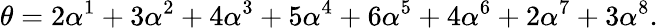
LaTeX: \theta=2\alpha^{1}+3\alpha^{2}+4\alpha^{3}+5\alpha^{4}+6\alpha^{5}+4\alpha^{6}+2\alpha^{7}+3\alpha^{8}.